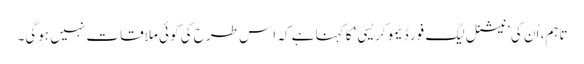
تاہم، اُن کی ’نیشنل لیگ فور ڈیموکریسی‘ کا کہنا ہے کہ اِس طرح کی کوئی ملاقات نہیں ہوگی۔